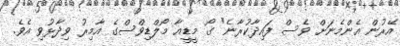
އޭރުން އެންމެނަށް ވެސް ފައިދާކުރާނެ" ގޯ މީޑީއާ މޯލްޑިވްސްގެ އާމިރު ވިދާޅުވި އެވެ.